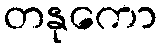
တနုကော